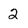
Character: 2